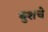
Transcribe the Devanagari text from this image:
बुशचे